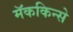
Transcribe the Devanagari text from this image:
मॅककिन्से